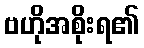
ဗဟိုအစိုးရ၏